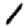
Digit: 1